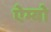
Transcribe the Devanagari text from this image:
ऐम्बो